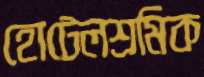
হোটেলশ্রমিক